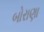
બોરાણા